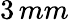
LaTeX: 3\, mm